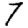
Digit: 7